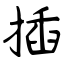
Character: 插